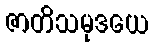
ဇာတိသမုဒယေ